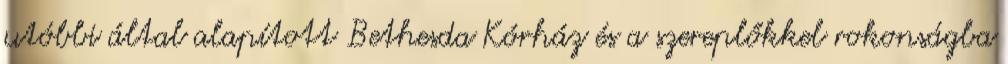
utóbbi által alapított Bethesda Kórház és a szereplőkkel rokonságba